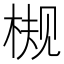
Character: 𬃀